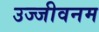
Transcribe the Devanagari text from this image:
उज्जीवनम